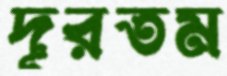
দূরতম